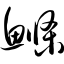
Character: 鲦